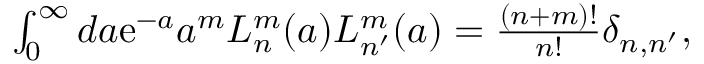
\begin{array} { r } { \int _ { 0 } ^ { \infty } d a \mathrm { e } ^ { - a } a ^ { m } L _ { n } ^ { m } ( a ) L _ { n ^ { \prime } } ^ { m } ( a ) = \frac { ( n + m ) ! } { n ! } \delta _ { n , n ^ { \prime } } , } \end{array}